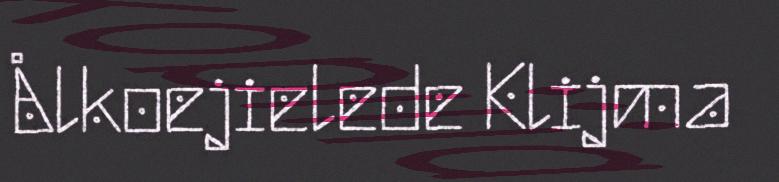
Ålkoejielede Klijma